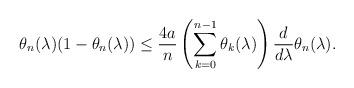
LaTeX: \begin{align*}\theta_n(\lambda)(1-\theta_n(\lambda))\leq\frac{4 a}{n}\left(\sum_{k=0}^{n-1}\theta_k(\lambda)\right)\frac{d}{d\lambda}\theta_n(\lambda).\end{align*}